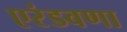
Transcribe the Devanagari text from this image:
एरंडवणा